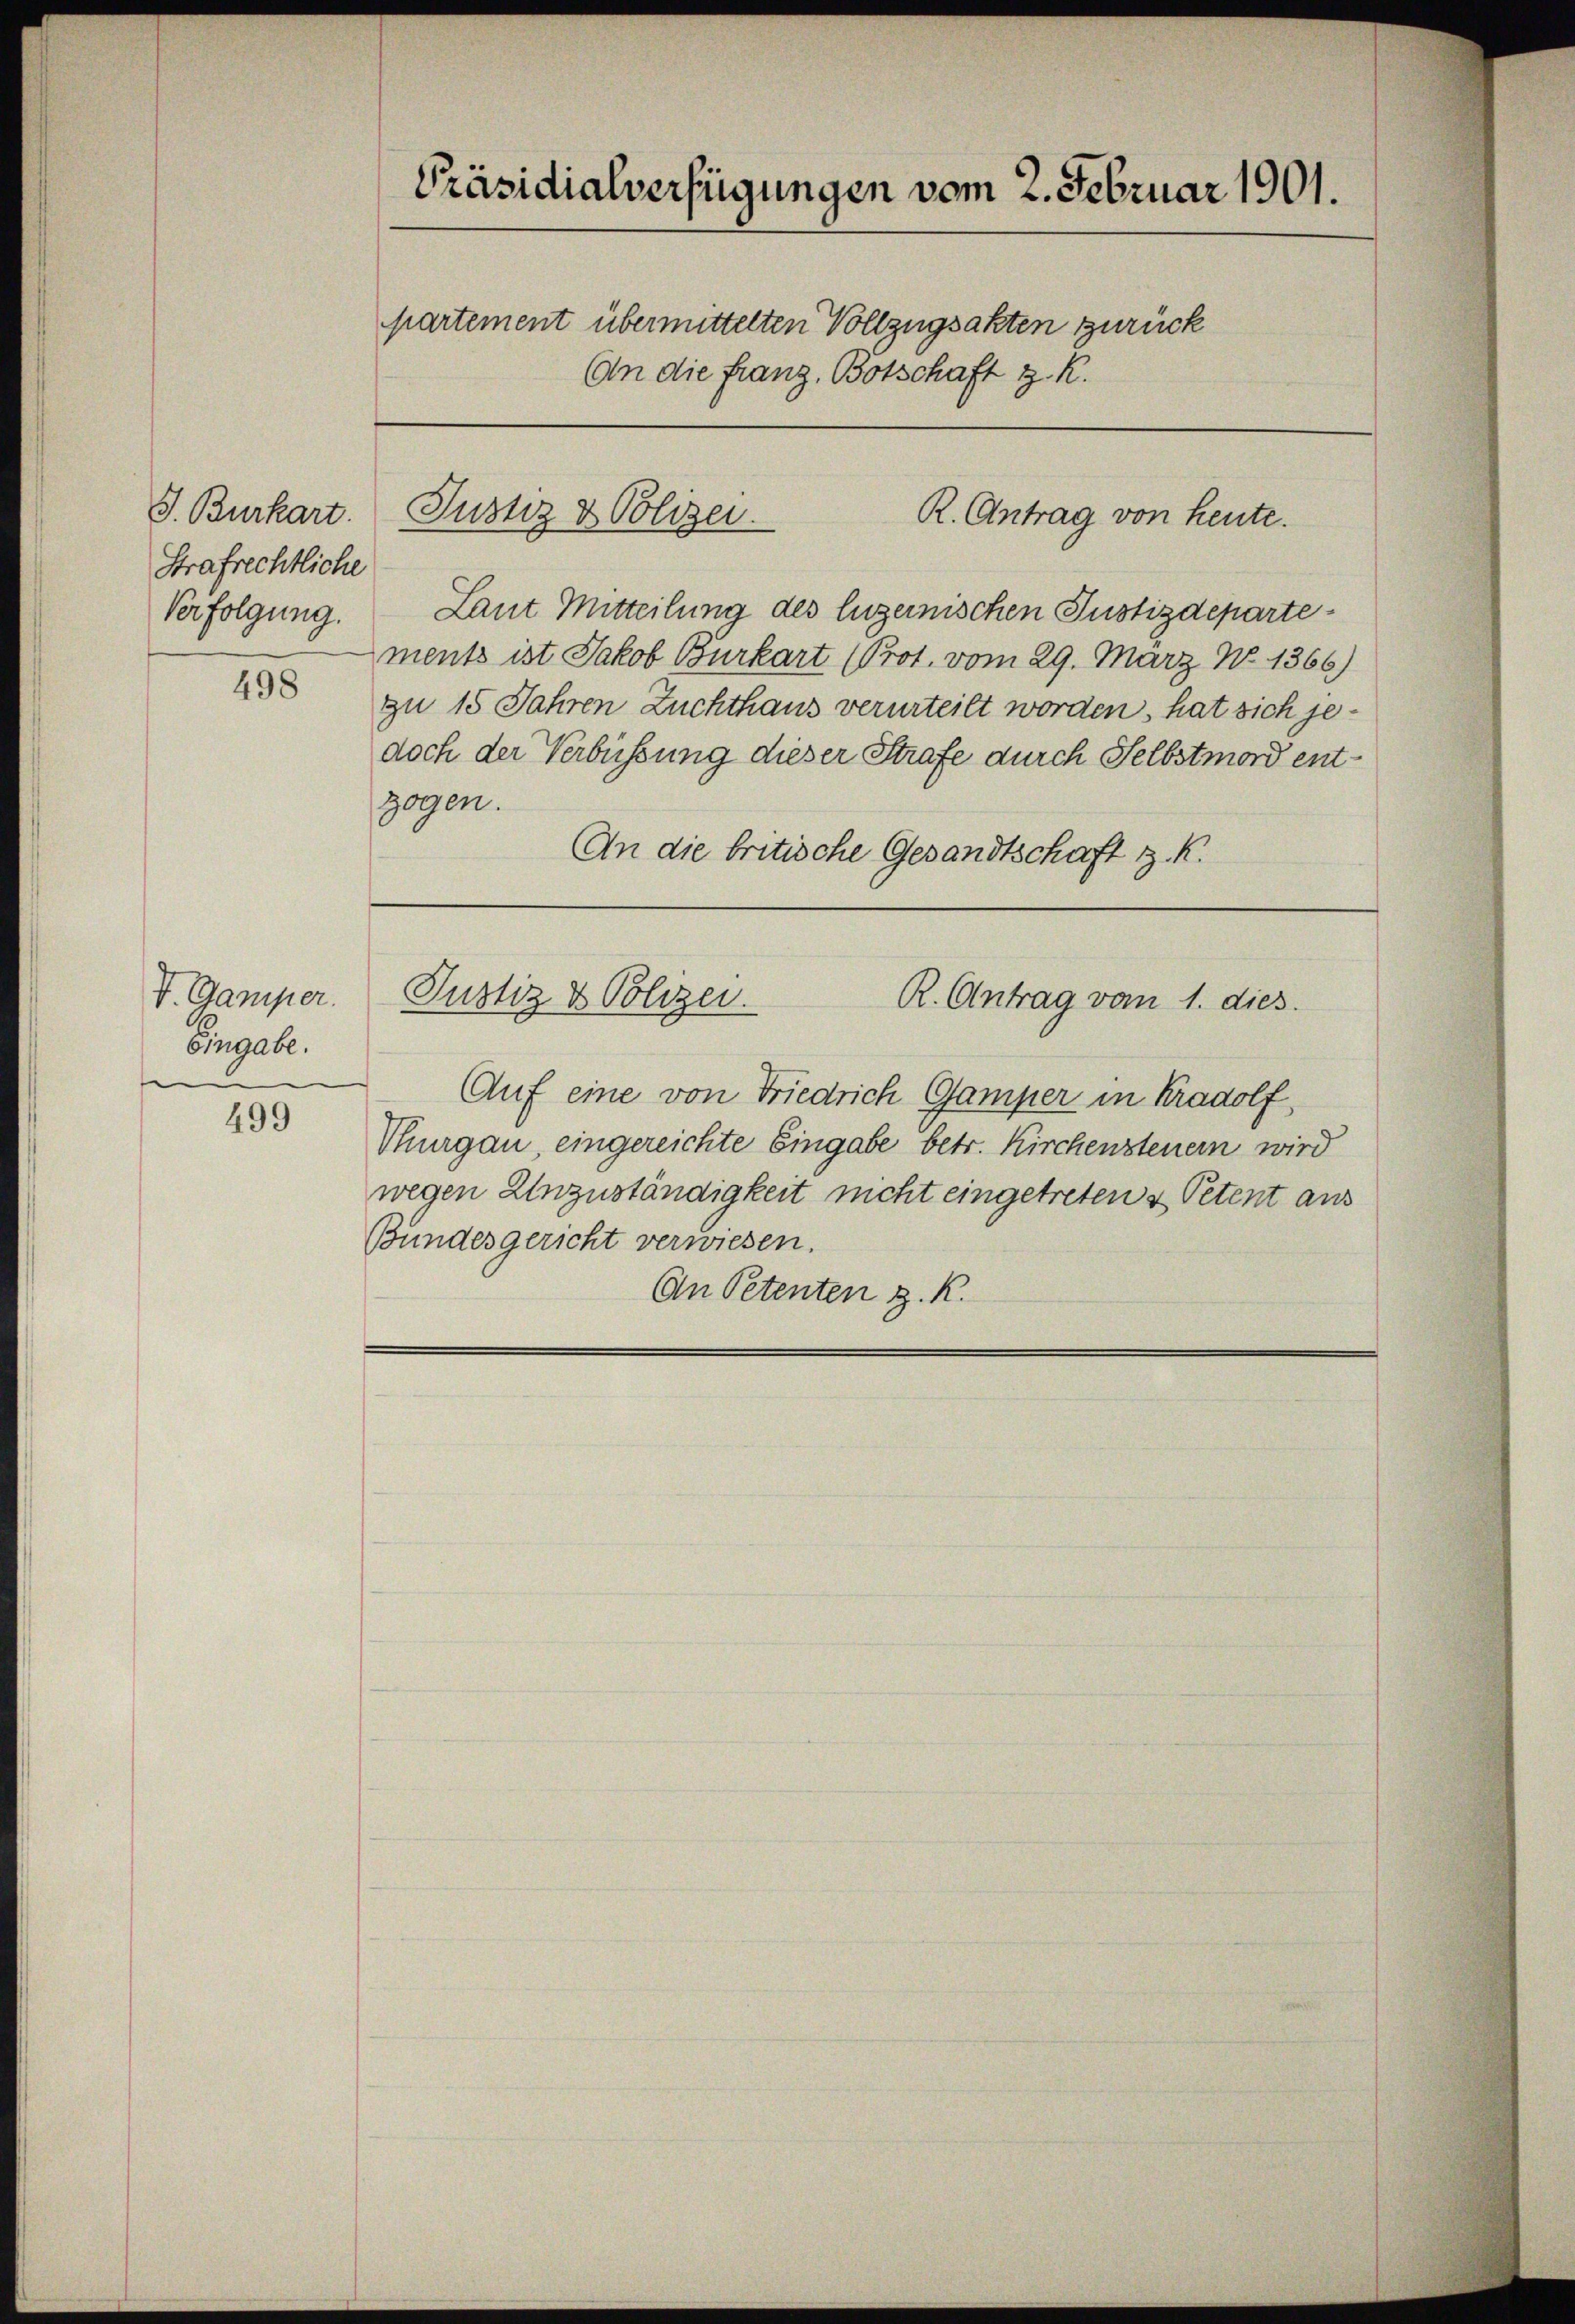
S. Burkart
Strafrechtliche
Verfolgung.

498

V. Gamper.
Eingabe.

499

Präsidialverfügungen vom 2. Februar 1901.
partement übermittelten Vollzugsakten zurück
An die Franz, Botschaft z. R.

Justiz & Polizei.
R. Antrag von heute.

Laut Mitteilung des luzernischen Justizdepartements ist Jakob Burkart (Prot. vom 29. März N. 1366)
zu 15 Jahren Zuchthaus verurteilt worden, hat sich jedoch der Verbüssung dieser Strafe durch Selbstmord entzogen.
An die britische Gesandtschaft z. K.

Auf eine von Friedrich Gamper in Radolf,
Thurgau, eingereichte Eingabe betr. Kirchensteuern wird
wegen Unzuständigkeit nicht eingetreten & Petent aus
Bundesgericht verwiesen.
An Petenten z. R.

e
Justiz & Polizei.
R. Antrag vom 1. dies